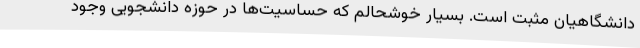
دانشگاهیان مثبت است. بسیار خوشحالم که حساسیت‌ها در حوزه دانشجویی وجود